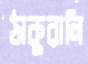
ঠাকুরালি